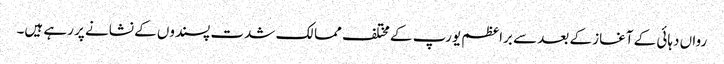
رواں دہائی کے آغاز کے بعد سے براعظم یورپ کے مختلف ممالک شدت پسندوں کے نشانے پر رہے ہیں۔